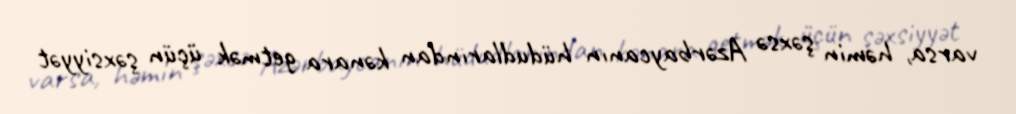
varsa, həmin şəxsə Azərbaycanın hüdudlarından kənara getmək üçün şəxsiyyət